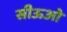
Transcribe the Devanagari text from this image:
सीऊओ